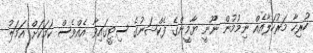
ހުރިހާ މަރުހަލާއެއް ނިމުމުން ނޫނީ ޔާމީންގެ ފެކްޝަނުގެ ސިޓީގައިވާ އެއްވެސް ކަމަކަށް އަމަލު